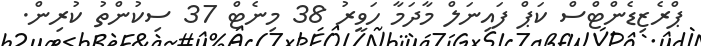
ޕްރެޒިޑެންޓްސް ކަޕް ފައިނަލް މާދަމާ ހަވީރު 38 މިނެޓް 37 ސިކުންތު ކުރިން.